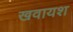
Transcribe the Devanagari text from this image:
खवायश